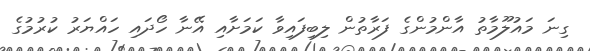
ގިނަ މައުލޫމާތު އާންމުންގެ ފަރާތުން ލިބިފައިވާ ކަމަށާއި އޭނާ ހޯދައި ހައްޔަރު ކުރުމުގެ